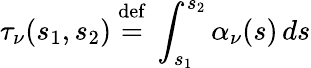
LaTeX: \tau_{\nu}(s_{1},s_{2})\ {\stackrel{\mathrm{def}}{=}}\ \int_{s_{1}}^{s_{2}}\alpha_{\nu}(s)\, ds